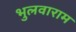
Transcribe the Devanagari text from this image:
भुलवाराम